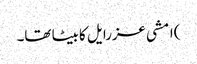
)امشی عزرایل کا بیٹا تھا۔